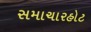
સમાચારહોટ